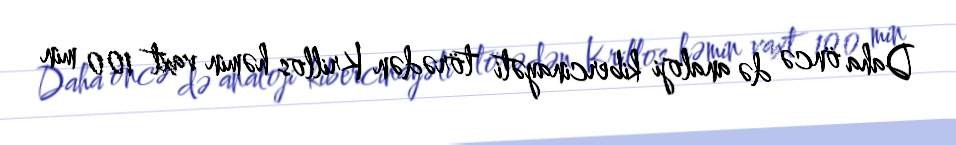
Daha öncə də analoji kibercinayəti törədən Krillos həmin vaxt 100 min